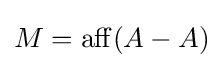
M=\operatorname {aff} (A-A)